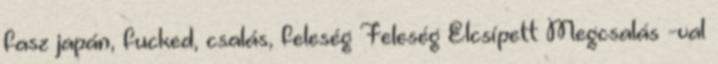
fasz japán, fucked, csalás, feleség Feleség Elcsípett Megcsalás -val